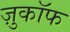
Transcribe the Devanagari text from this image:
ज़ुकाॅफ